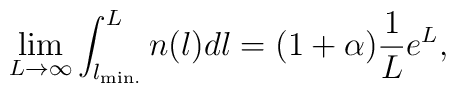
\lim_{L\to\infty} \int_{l_{\rm min.}}^{L} n(l) dl = (1 + \alpha) {{1}\over{L}}    e^L ,